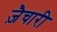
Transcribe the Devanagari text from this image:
ज़ैचारी